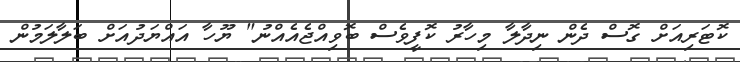
ކޮޓަރިއަށް ގޮސް ދެން ނިދާލާ މިހާރު ކޮފީވެސް ބޮވިއްޖެއެއްނު" ޔޫހާ އައްޔަދުއަށް ބަލާލަމުން